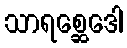
သာရစ္ဆေဒေါ